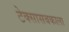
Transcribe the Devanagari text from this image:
टेक्सासबकाला